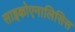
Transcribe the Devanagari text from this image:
साइकोएनालिसिस